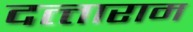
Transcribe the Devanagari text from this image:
दत्‍ताराम